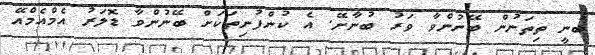
ބުނީ ތިތަނުން ބޭނުންވާ ވަރު ބުނާށޭ. އެ ކުންފުނިތަކަށް ބޭނުންވާ ޑޮލަރު އެމްއެމްއޭ